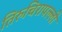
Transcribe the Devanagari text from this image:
तिरुचिरापल्‍ली